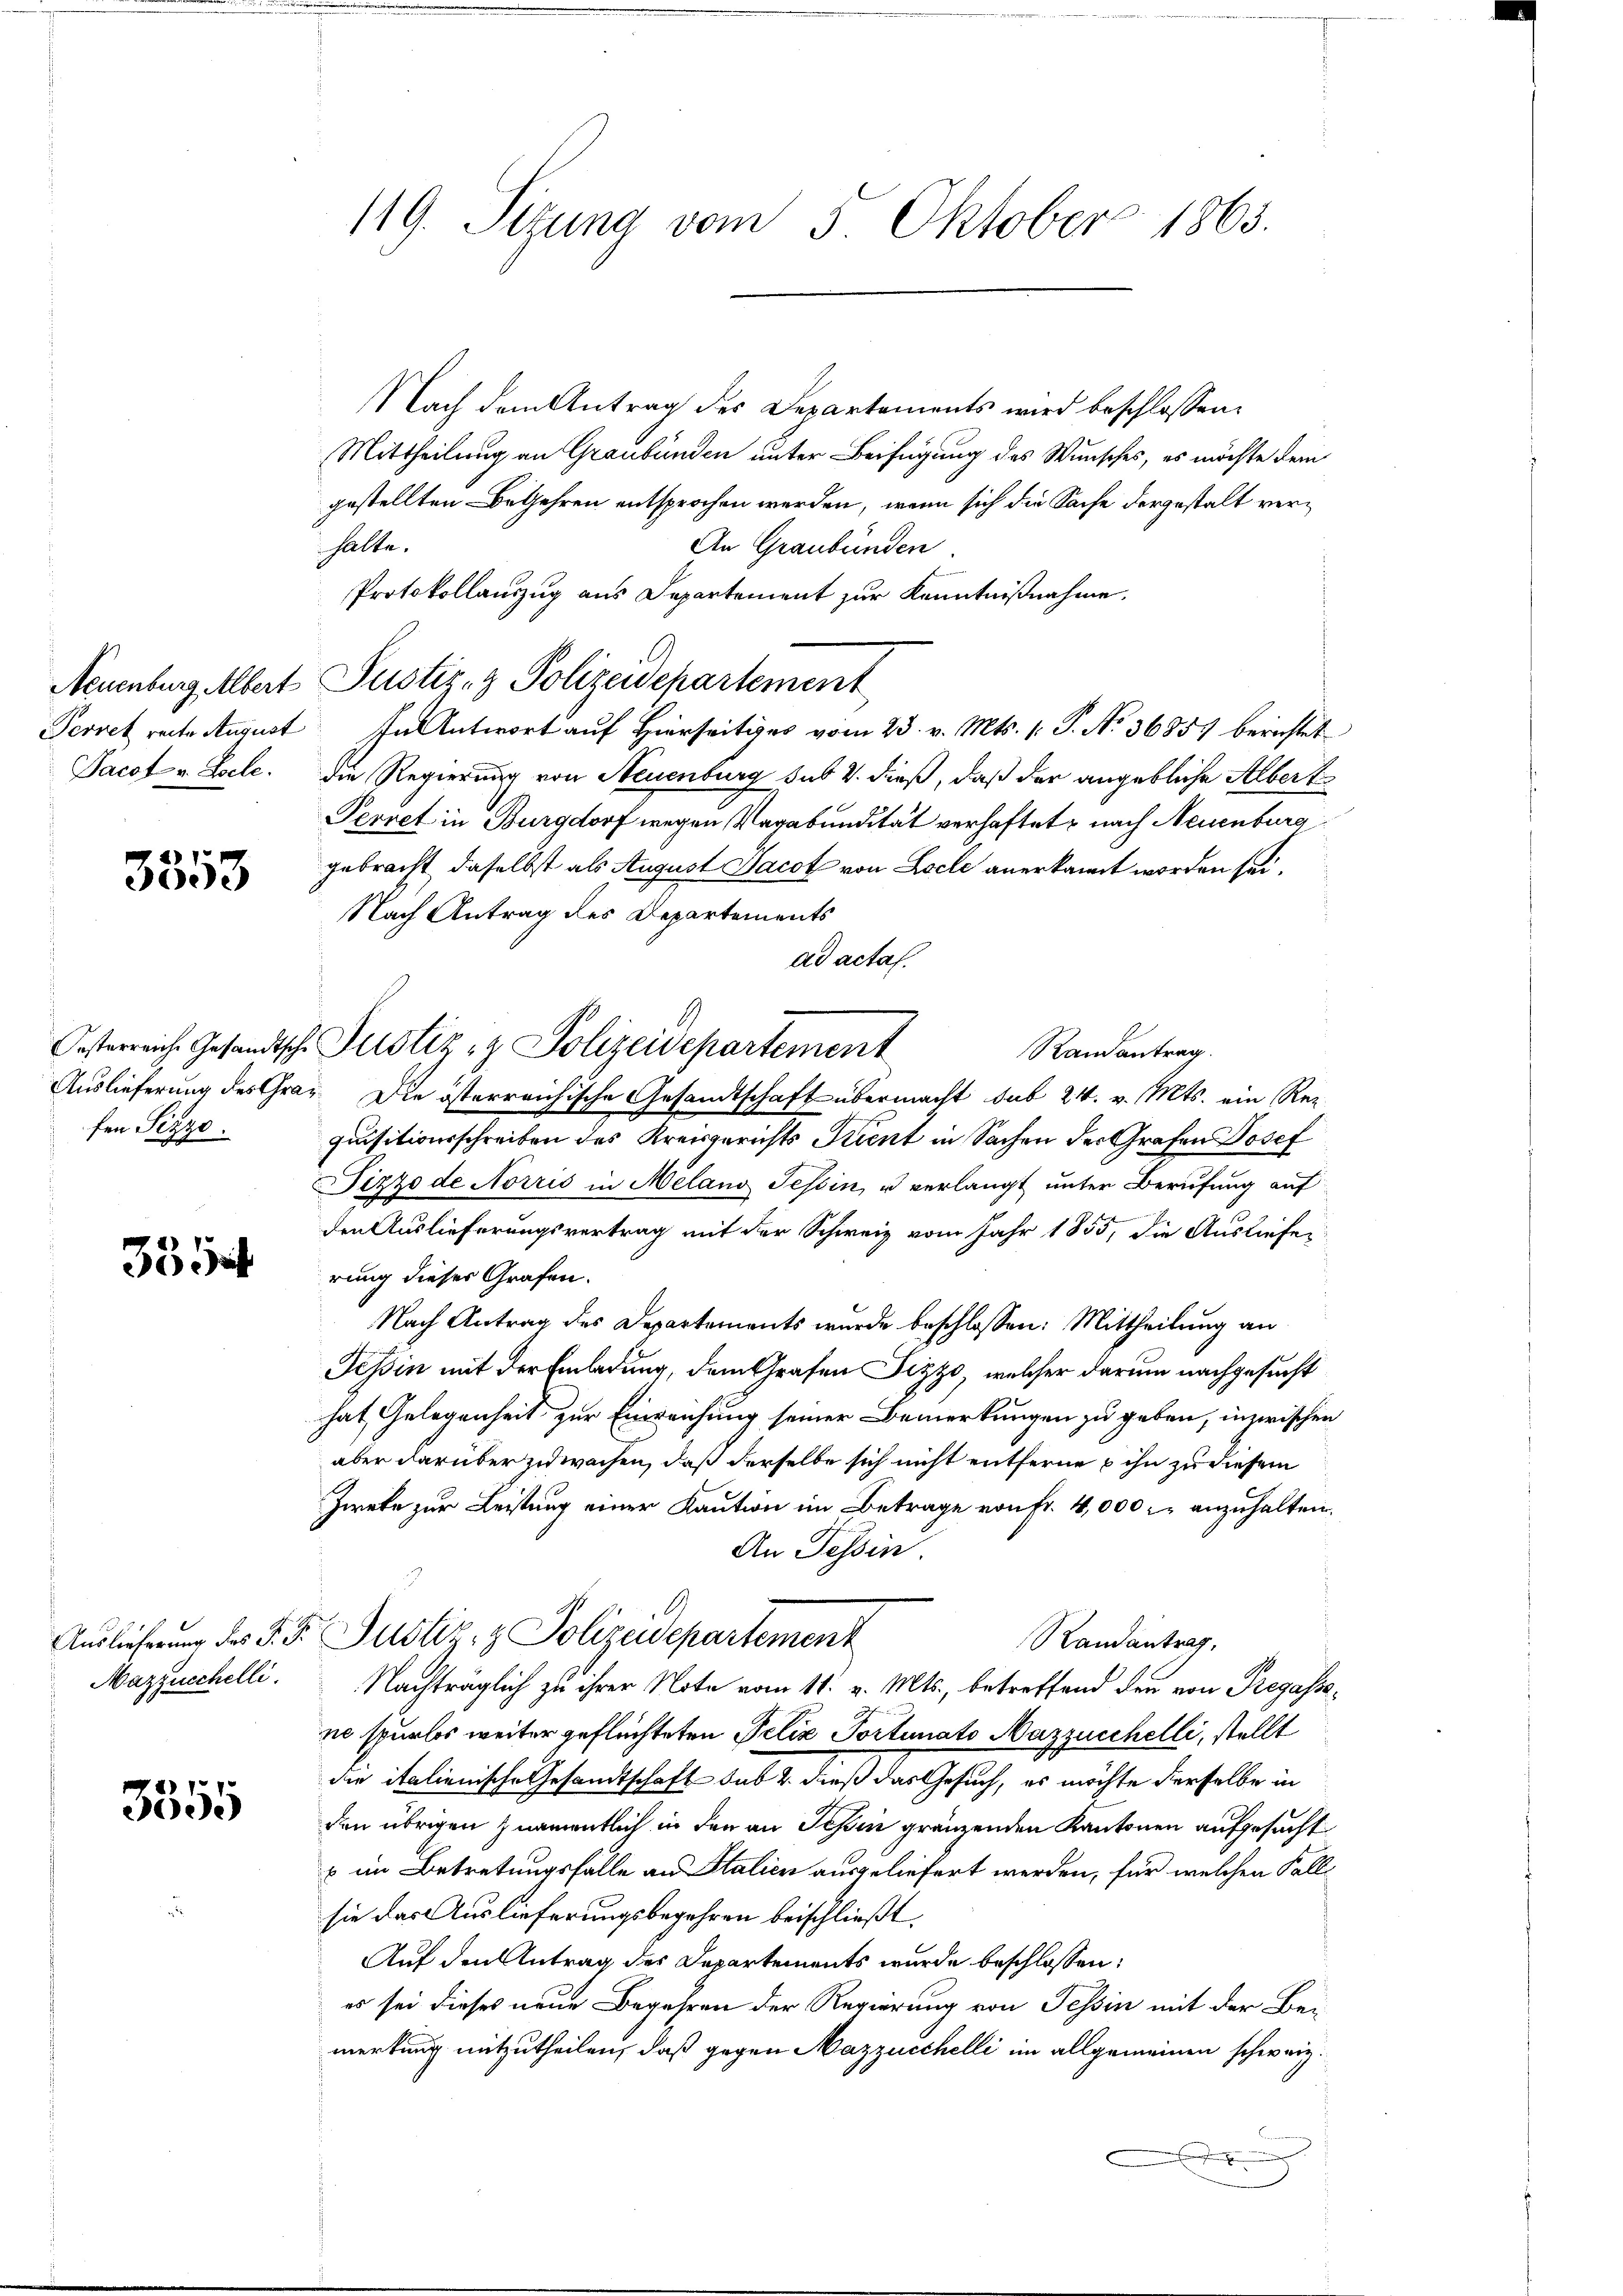
Ternet reite August
Pacot v. Zolle.

3353

fen Pizzo.

3354

Mazzucchelli.

3555

119. Sitzung vom 3. Oktober 1863.

Oesterreiche Gesandtsche Justiz- & Polizeidepartement

Nach dem Antrag des Departements wird beschlossen:
Mittheilung an Graubünden unter Beifügung des Wunsches, es möchte dem
gestellten Begehren entsprochen werden, wenn sich die Sache dergestalt verhalte.
An Graubünden
Protokollauszug aus Departement zur Kenntnißnahme.
Neuenburg Albert Pustiz- & Polizeidepartement
In Antwort auf Hierseitiges vom 23. v. Mts. (: P. No 36857 berichtet
die Regierung von Neuenburg sub V. dieß, daß der angebliche Albert
Perret in Burgdorf wegen Vagabundität verhaftet, nach Neuenburg
gebracht, daselbst als August Jacot von Locle anerkannt worden sei.
Nach Antrag des Departements
ad acta.
Randantrag.
Auslieferung des Graz. Die österreichische Gesandtschaft übermacht sub 24. v. Mts. ein Rez
quisitionsschreiben des Kreisgerichts Stient in Sachen der Grafen Josef
Pizzo de Norris in Meland Tessin, u verlangt unter Berufung auf
den Auslieferungsvertrag mit der Schweiz vom Jahr 1855, die Ausliefe-
rung dieser Grafen.
Nach Antrag des Departements wurde beschlossen: Mittheilung an
Tessin mit der Einladung, dem Grafen Pizzo, welcher darum nachgesucht
hat, Gelegenheit zur Einreichung seiner Bemerkungen zu geben, inzwischen
aber darüber zuwachen, daß derselbe sich nicht entferne ihn zu diesem
Zwete zur Leistung einer Kaution im Betrage von Fr. 4,000 r. anzuhalten.
An Tessin.
Auslieferung des J. F. Justiz- & Polizeidepartement
Randantrag,
Nachträglich zu ihrer Note vom 11. v. Mts., betreffend den von Regassene spurlos weiter geflüchteten Felix Tortunato Nazzuschelli, stellt
die italienische Gesandtschaft sub 2. dieß das Gesuch, es möchte derselbe in
den übrigen namentlich in den an Tessin gränzenden Kantonen aufgesucht
 im Betretungsfalle an Stalien ausgeliefert werden, für welchen Fallsie das Auslieferungsbegehren beischließt:
Auf den Antrag des Departements wurde beschlossen:
es sei dieses neue Begehren der Regierung von Tessin mit der Bei-
merkung mitzutheilen, daß gegen Mazzucchelli im allgemeinen schweiz.
J